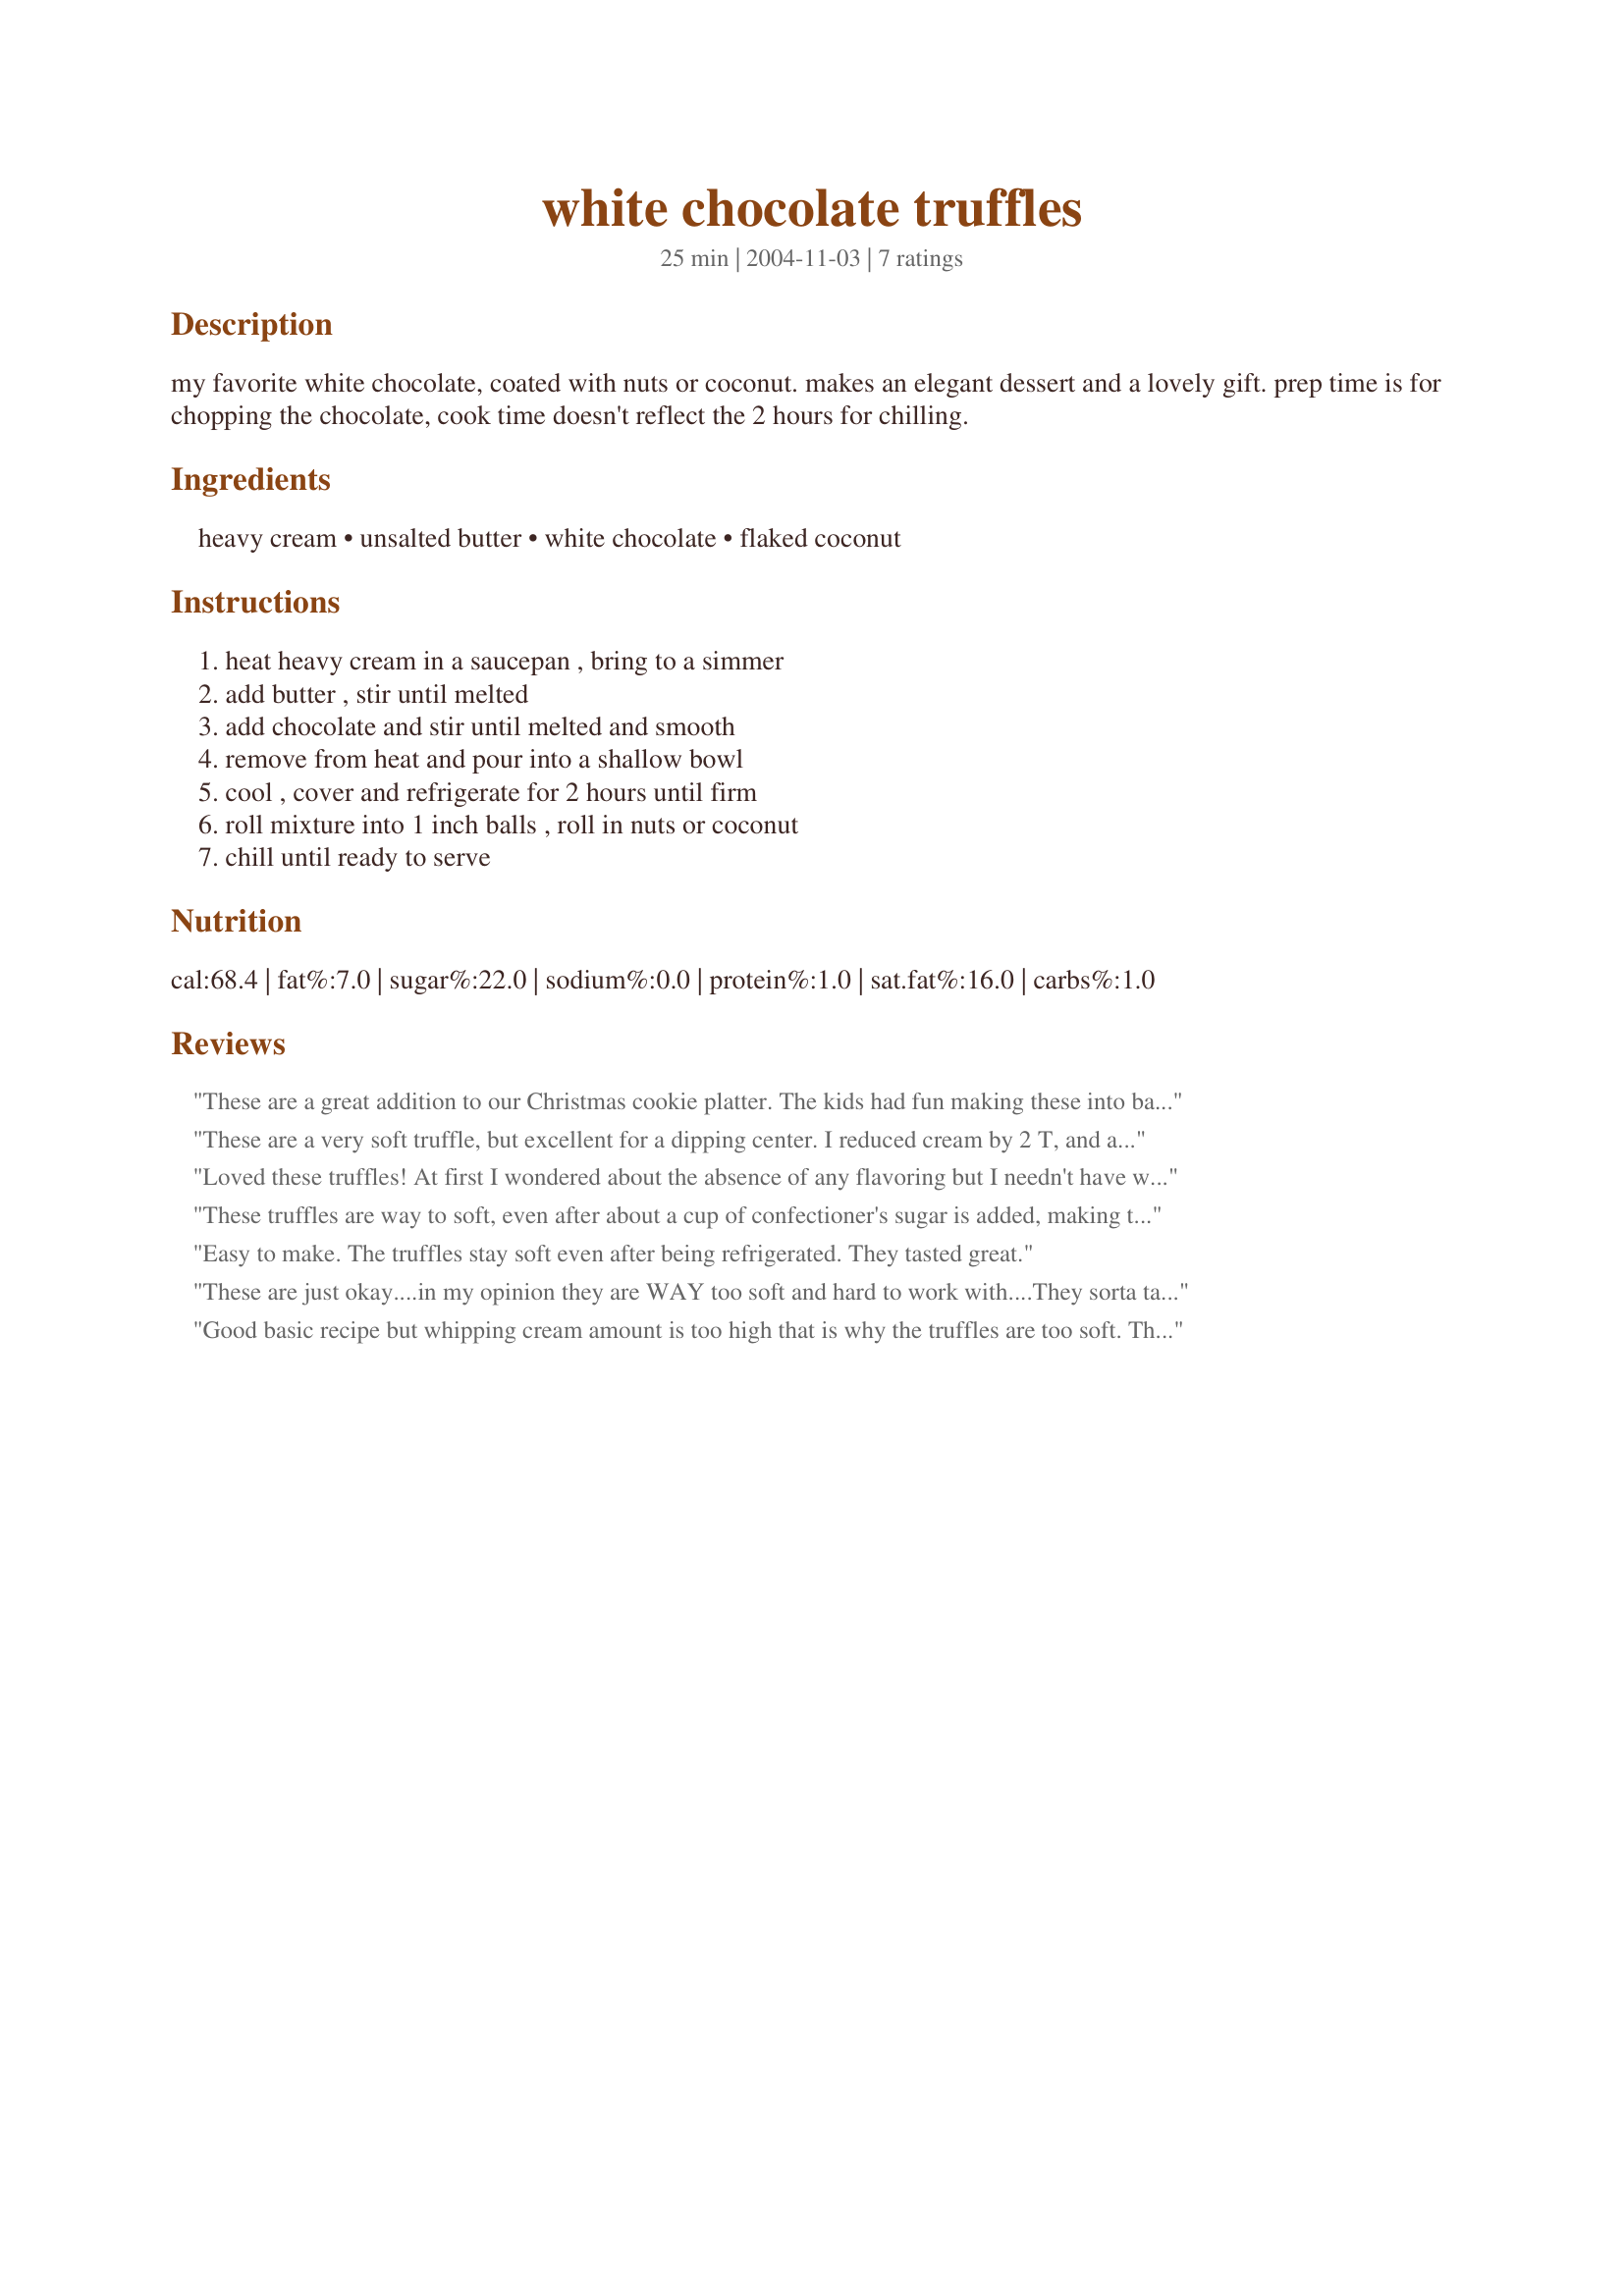
white chocolate truffles
Preparation time: 25 minutes

my favorite white chocolate, coated with nuts or coconut. makes an elegant dessert and a lovely gift. prep time is for chopping the chocolate, cook time doesn't reflect the 2 hours for chilling.

Ingredients:
heavy cream, unsalted butter, white chocolate, flaked coconut

Steps:
heat heavy cream in a saucepan , bring to a simmer, add butter , stir until melted, add chocolate and stir until melted and smooth, remove from heat and pour into a shallow bowl, cool , cover and refrigerate for 2 hours until firm, roll mixture into 1 inch balls , roll in nuts or coconut, chill until ready to serve

Reviews:
These are a great addition to our Christmas cookie platter. The kids had fun making these into balls and then rolling them in coconut. The love being able to say that they were the ones who "made" the treats. Thanks for adding to their joy in our cookie gift giving tradition. I'll be sure to save this recipe.
These are a very soft truffle, but excellent for a dipping center. I reduced cream by 2 T, and added a scant 1/4 t. peppermint oil. After rolling them out, I frozen them for a few minutes, then dipped in milk chocolate. It was a hit on the Christmas tray, but some people thought the peppermint was a little too strong. Will be doing this again!
Loved these truffles! At first I wondered about the absence of any flavoring but I needn't have worried. The fine taste of the white chocolate held it's own. Rolled these in white coconut and confectioner's sugar. Perfect! Thanks for posting this keeper. A great addition to our holiday goodie tray! =)
These truffles are way to soft, even after about a cup of confectioner's sugar is added, making them too sweet. If I make them again I would coat them with melted chocolate, so that they keep their shape.
Easy to make. The truffles stay soft even after being refrigerated. They tasted great.
These are just okay....in my opinion they are WAY too soft and hard to work with....They sorta tasted like sweetened condensed milk too........but its really too soft.
Good basic recipe but whipping cream amount is too high that is why the truffles are too soft.
The ratio of whipping cream to chocolate should be 1:4, so it should be 2 ounce of whipping cream not 5 ounces as stated in the recipe.
I used 1 ounce cream, 1 ounce Irish Cream, vanilla and a pinch of nutmeg to make mine.
You should also remove the cream from the heat before adding the chopped chocolate, white chocolate burns easily.
